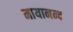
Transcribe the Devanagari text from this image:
मायानन्द